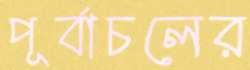
পূর্বাচলের